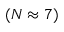
( N \approx 7 )